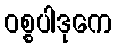
ဝစ္စပါဒုကေ